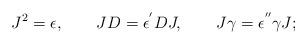
LaTeX: \begin{align*}J^{2}=\epsilon ,\qquad JD=\epsilon ^{^{\prime }}DJ,\qquad J\gamma =\epsilon^{^{\prime \prime }}\gamma J;\end{align*}